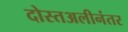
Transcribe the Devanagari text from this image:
दोस्तअलीनंतर